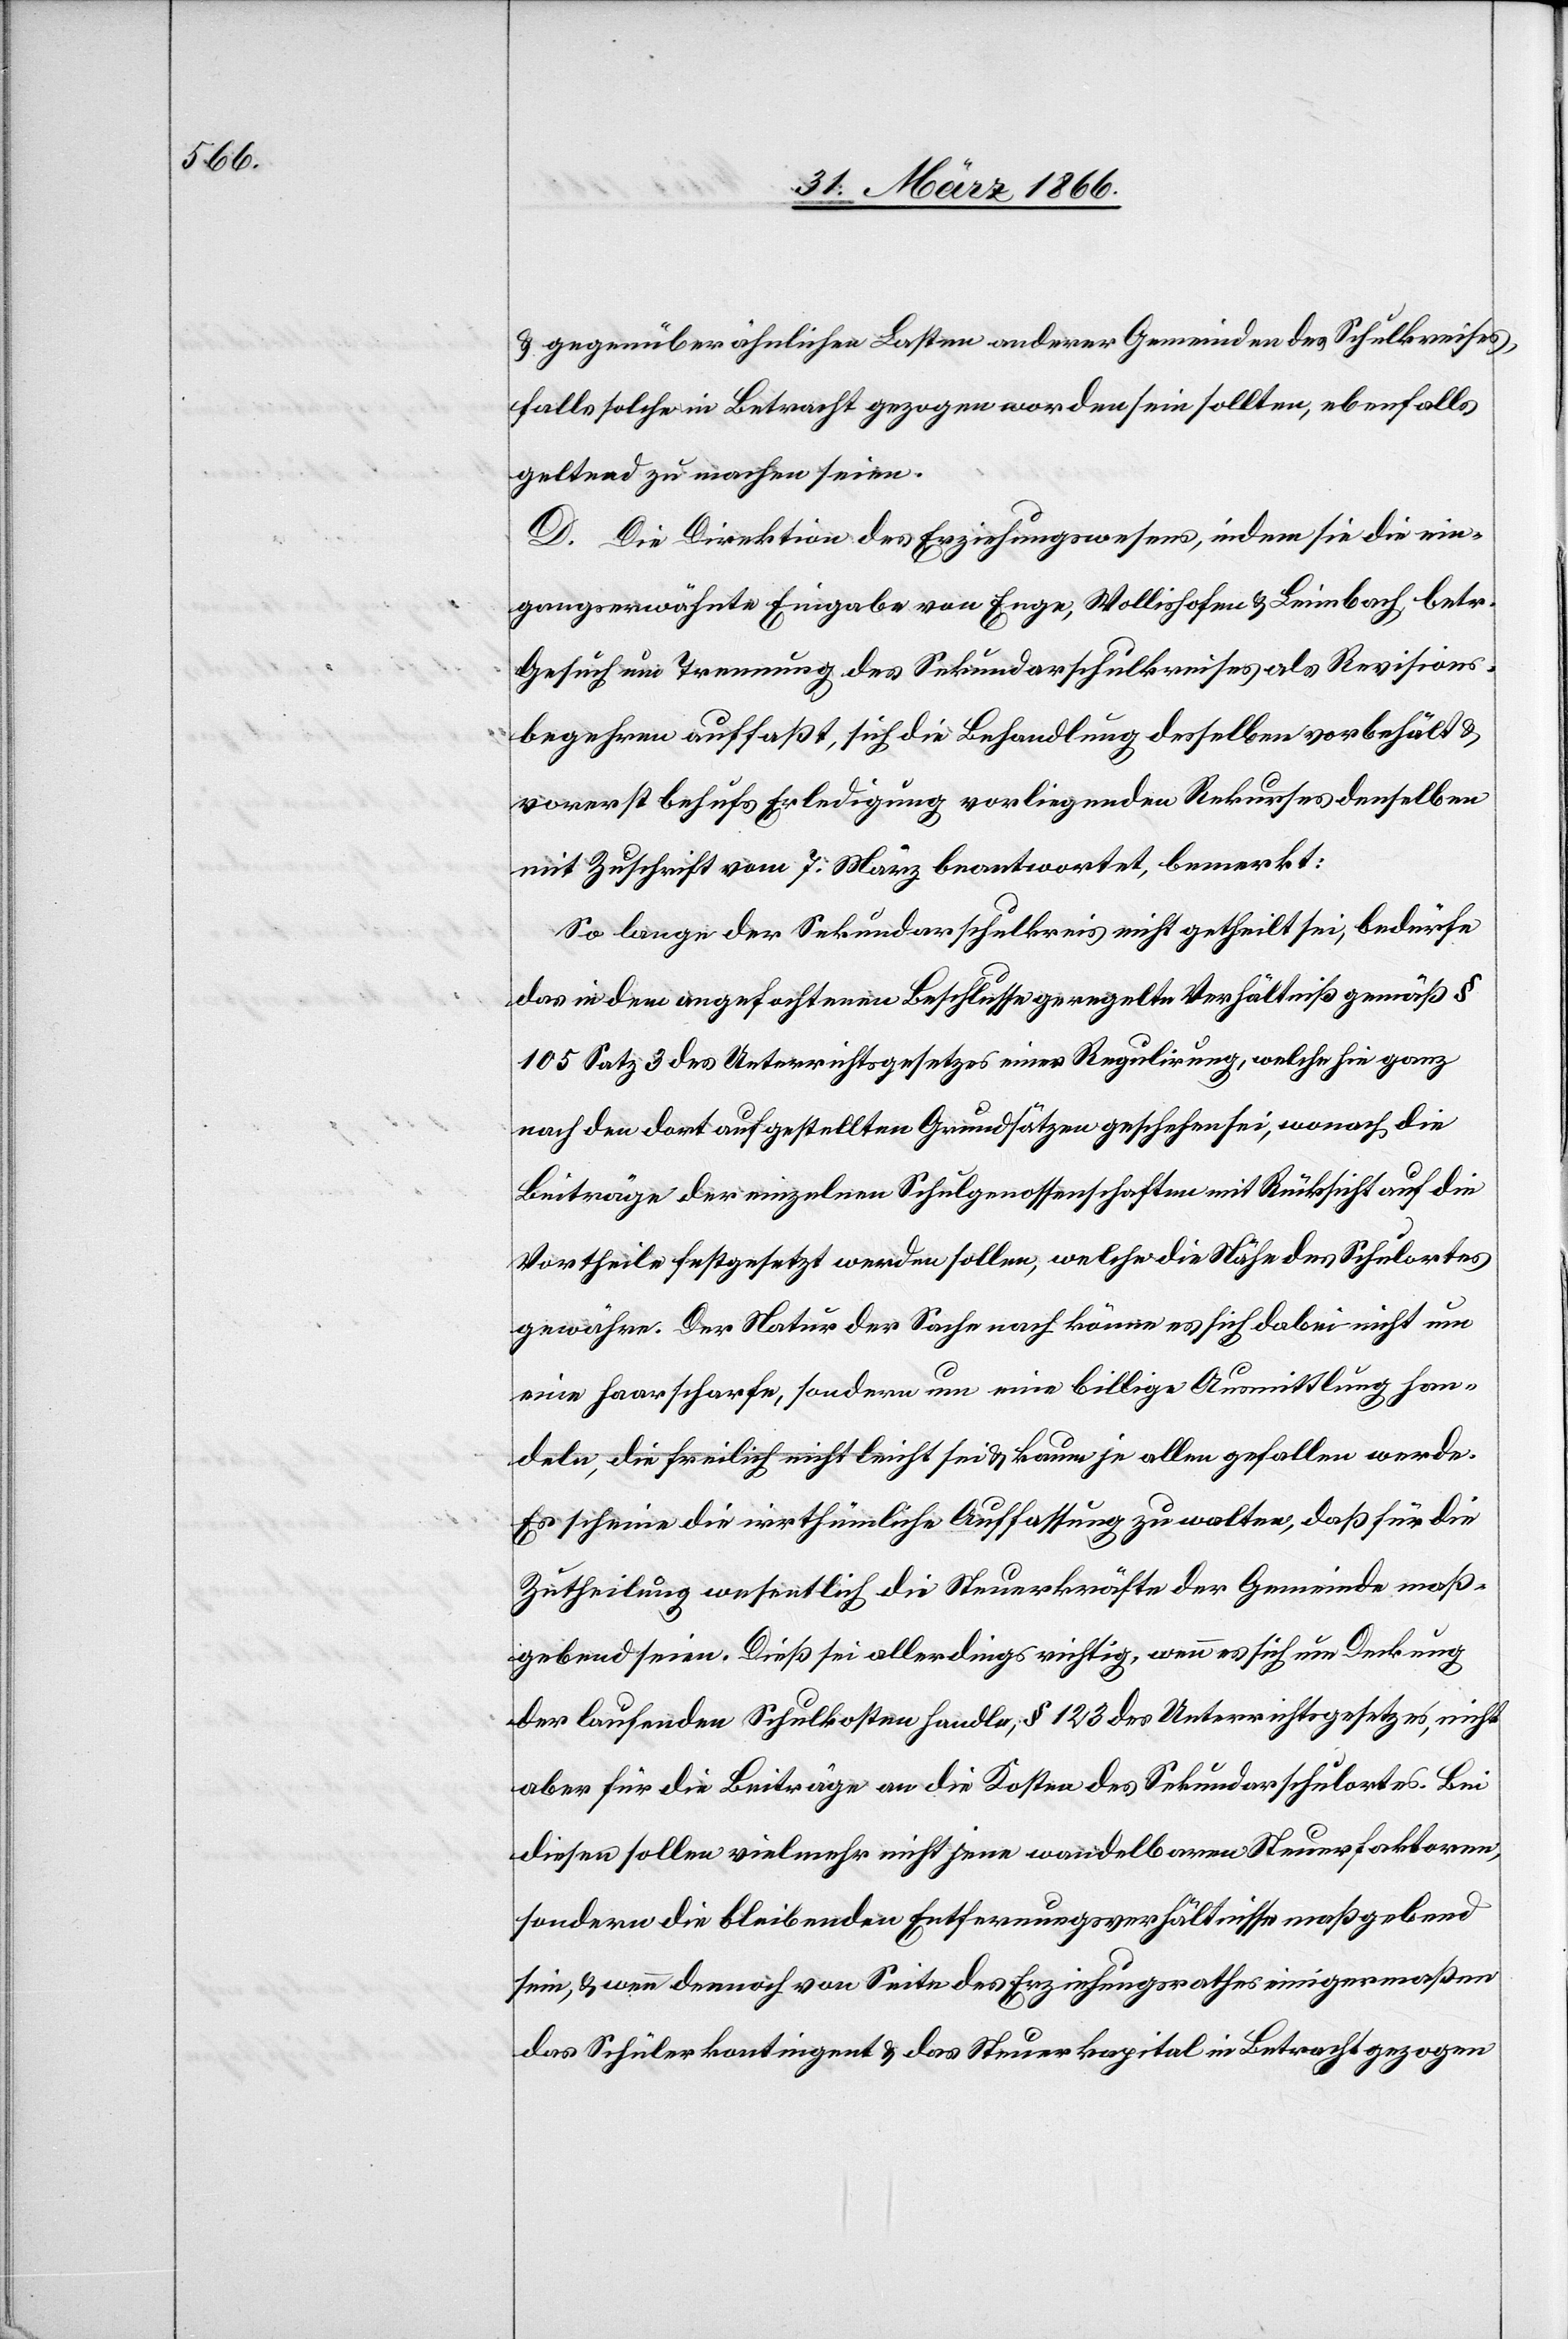
u. gegenüber ähnlichen Lasten anderer Gemeinden des Schulkreises,
falls solche in Betracht gezogen werden sein sollten, ebenfalls
geltend zu machen seien.
D. Die Direktion des Erziehungswesens, indem sie die ein¬
gangs erwähnte Eingabe von Enge, Wollishofen u. Leimbach betr.
Gesuch um Trennung des Sekundarschulkreises als Revisions¬
begehren auffaßt, sich die Behandlung desselben vorbehält u.
vorerst behufs Erledigung vorliegenden Rekurses denselben
mit Zuschrift vom 7. März beantwortet, bemerkt:
So lange der Sekundarschulkreis nicht getheilt sei, bedürfe
das in dem angefochtenen Beschlusse geregelte Verhältniß gemäß §
105 Satz 3 des Unterrichtsgesetzes einer Regulirung, welche hie ganz
nach den dort aufgestellten Grundsätzen geschehen sei, wonach die
Beiträge der einzelnen Schulgenossenschaften mit Rücksicht auf die
Vortheile festgesetzt werden sollen, welche die Nähe des Schulortes
gewähre. Der Natur der Sache nach könne es sich dabei nicht um
eine haarscharfe, sondern um eine billige Ausmittlung han¬
deln, die freilich nicht leicht sei u. kaum je allen gefallen werde.
Es scheine die irrthümliche Auffassung zu walten, daß für die
Zutheilung wesentlich die Steuerkräfte der Gemeinde maß¬
gebend seien. Dieß sei allerdings richtig, wenn es sich um Deckung
der laufenden Schulkosten handle, § 123 des Unterrichtsgesetzes, nicht
aber für die Beiträge an die Kosten des Sekundarschulortes. Bei
diesen sollen vielmehr nicht jene wandelbaren Steuerfaktoren,
sondern die bleibenden Entfernungsverhältnisse maßgebend
sein, u. wenn demnach von Seite des Erziehungsrathes einigermaßen
das Schülerkontingent u. das Steuerkapital in Betracht gezogen